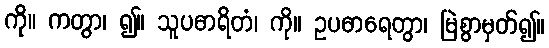
ကို။ ကတွာ၊ ၍။ သူပဓာရိတံ၊ ကို။ ဥပဓာရေတွာ၊ မြဲစွာမှတ်၍။